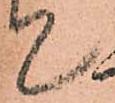
て